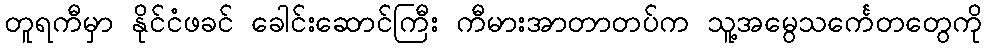
တူရကီမှာ နိုင်ငံဖခင် ခေါင်းဆောင်ကြီး ကီမားအာတာတပ်က သူ့အမွေသင်္ကေတတွေကို